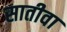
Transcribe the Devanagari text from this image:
सातीवा